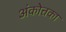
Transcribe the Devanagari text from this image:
अंकोत्तका